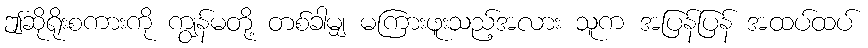
ဤဆိုရိုးစကားကို ကျွန်မတို့ တစ်ခါမျှ မကြားဖူးသည့်အလား သူက အပြန်ပြန် အထပ်ထပ်